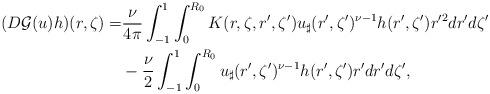
LaTeX: \begin{align*}( D\mathcal{G}(u)h)(r,\zeta)=&\frac{\nu}{4\pi}\int_{-1}^1\int_0^{R_0}K(r,\zeta,r',\zeta')u_{\sharp}(r',\zeta')^{\nu-1}h(r',\zeta')r'^2dr'd\zeta' \\&-\frac{\nu}{2}\int_{-1}^1\int_0^{R_0}u_{\sharp}(r',\zeta')^{\nu-1}h(r',\zeta')r'dr'd\zeta', \end{align*}